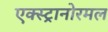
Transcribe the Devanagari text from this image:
एक्स्ट्रानोरमल